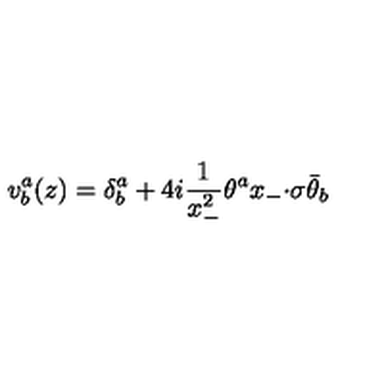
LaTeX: v _ { b } ^ { a } ( z ) = \displaystyle { \delta _ { b } ^ { a } + 4 i \frac { 1 } { x _ { - } ^ { 2 } } \theta ^ { a } x _ { - } { \cdot \sigma } \bar { \theta } _ { b } }